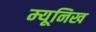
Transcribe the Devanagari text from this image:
म्‍यूनिख